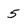
Character: 5